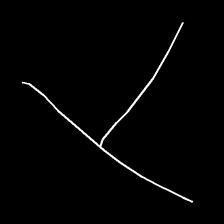
Glyph: column